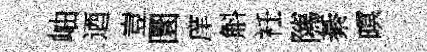
岫迺豈圜庠斛衽隲綦暝